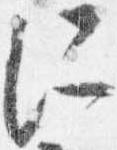
所